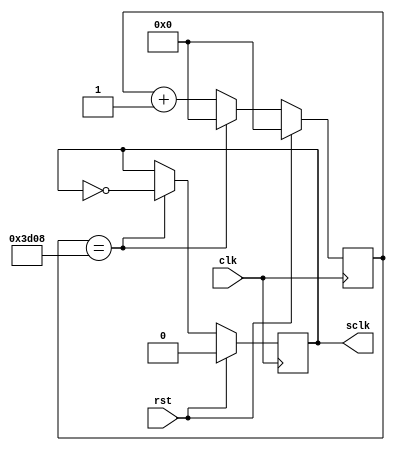
`timescale 1ns / 1ps

module div_clk( //Divisor de frecuencia para obtener sclk 3200 Hz (16 veces 200 Hz)
	input wire clk ,rst,
	output reg sclk
    );
	 
reg [13:0] cuenta; 
 
always @(posedge clk) 
		if(rst)
			begin
				sclk <= 14'b0;
				cuenta <= 1'b0;
			end 
		else 	
			if(cuenta == 14'd15624)
				begin                    
					cuenta <= 14'h0;  
					sclk <= ~sclk;  
				end 
			else 
				cuenta <= cuenta + 1'b1;
 
endmodule